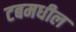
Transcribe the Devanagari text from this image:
टबमधील